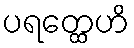
ပရတ္ထေဟိ